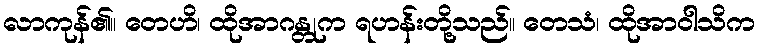
လာကုန်၏။ တေဟိ၊ ထိုအာဂန္တုက ရဟန်းတို့သည်။ တေသံ၊ ထိုအာဝါသိက